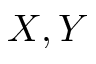
X , Y